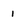
Character: i